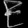
Digit: ၉